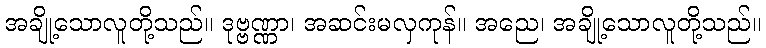
အချို့သောလူတို့သည်။ ဒုဗ္ဗဏ္ဏာ၊ အဆင်းမလှကုန်။ အညေ၊ အချို့သောလူတို့သည်။